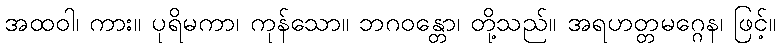
အထဝါ၊ ကား။ ပုရိမကာ၊ ကုန်သော။ ဘဂဝန္တော၊ တို့သည်။ အရဟတ္တမဂ္ဂေန၊ ဖြင့်။